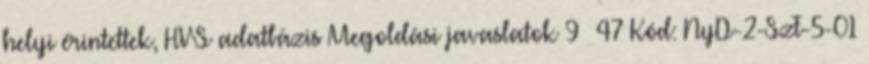
helyi érintettek, HVS adatbázis Megoldási javaslatok 9 47 Kód: NyD-2-SzF-5-01